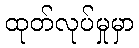
ထုတ်လုပ်မှုမှာ